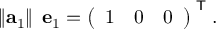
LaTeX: \left\| \mathbf { a } _ { 1 } \right\| \; \mathbf { e } _ { 1 } = { \left( \begin{array} { l l l } { 1 } & { 0 } & { 0 } \end{array} \right) } ^ { \textsf { T } } .